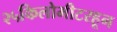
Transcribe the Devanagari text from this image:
२५किलोमीटरहून